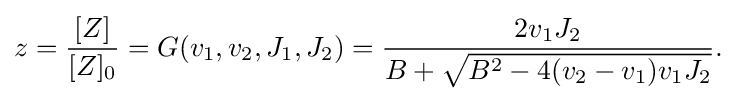
{\begin{aligned}z={\frac {[Z]}{[Z]_{0}}}=G(v_{1},v_{2},J_{1},J_{2})&={\frac {2v_{1}J_{2}}{B+{\sqrt {B^{2}-4(v_{2}-v_{1})v_{1}J_{2}}}}}.\\\end{aligned}}